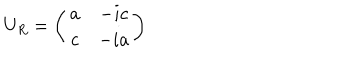
U _ { R } = \left( \begin{array} { c c } { { a } } & { { - i c } } \\ { { c } } & { { - i a } } \\ \end{array} \right)